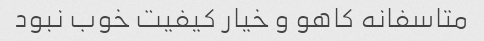
متاسفانه کاهو و خیار کیفیت خوب نبود